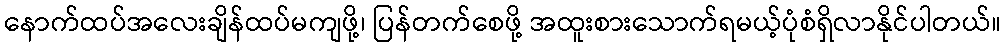
နောက်ထပ်အလေးချိန်ထပ်မကျဖို့၊ ပြန်တက်စေဖို့ အထူးစားသောက်ရမယ့်ပုံစံရှိလာနိုင်ပါတယ်။